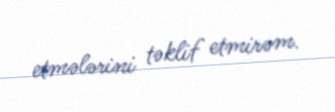
etmələrini təklif etmirəm.